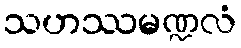
သဟဿမဏ္ဍလံ